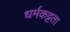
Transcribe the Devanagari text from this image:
धर्मकट्टता